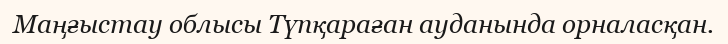
Маңғыстау облысы Түпқараған ауданында орналасқан.